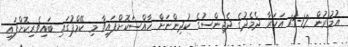
އުމުރުން 12-15 އަހަރާ ދެމެދުގެ ދެޖިންސުގެ ކުދިންނަށް ހާއްސަކޮށްފައިވާ މި ކޭމްޕުގައި ބައިވެރިކޮށްފައި